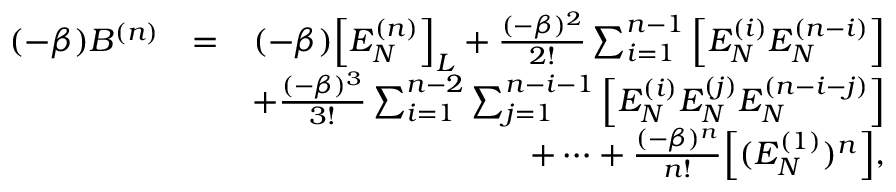
\begin{array} { r l r } { ( - \beta ) B ^ { ( n ) } } & { = } & { ( - \beta ) \Big [ E _ { N } ^ { ( n ) } \Big ] _ { L } + \frac { ( - \beta ) ^ { 2 } } { 2 ! } \sum _ { i = 1 } ^ { n - 1 } \Big [ E _ { N } ^ { ( i ) } E _ { N } ^ { ( n - i ) } \Big ] } \\ & { } & { + \frac { ( - \beta ) ^ { 3 } } { 3 ! } \sum _ { i = 1 } ^ { n - 2 } \sum _ { j = 1 } ^ { n - i - 1 } \Big [ E _ { N } ^ { ( i ) } E _ { N } ^ { ( j ) } E _ { N } ^ { ( n - i - j ) } \Big ] } \\ & { } & { + \cdots + \frac { ( - \beta ) ^ { n } } { n ! } \Big [ ( E _ { N } ^ { ( 1 ) } ) ^ { n } \Big ] , } \end{array}